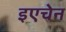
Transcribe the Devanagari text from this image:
इएचेन